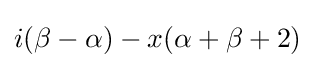
i(\beta -\alpha )-x(\alpha +\beta +2)